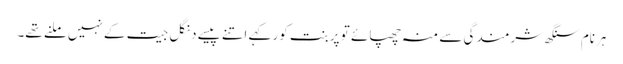
ہرنام سنگھ شرمندگی سے منہ چھپائے تو پربنت کور کہے اتنے پیسے دنگل جیت کے نہیں ملنے تھے۔